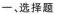
一、选择题